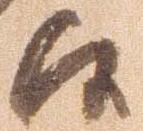
候